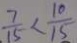
\frac { 7 } { 1 5 } < \frac { 1 0 } { 1 5 }